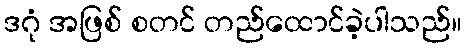
ဒဂုံ အဖြစ် စတင် တည်ထောင်ခဲ့ပါသည်။